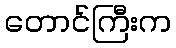
တောင်ကြီးက